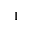
^ { 1 }